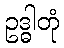
ဥဒ္ဓါတုံ